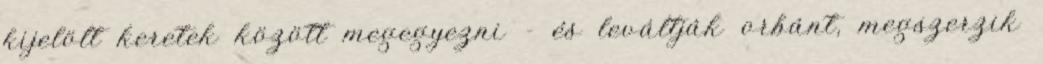
kijelölt keretek között megegyezni - és leváltják orbánt, megszerzik